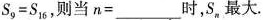
$$s _ { 9 } = S _ { 1 6 }$$，则当$$n = ___$$时，S_{n}最大。